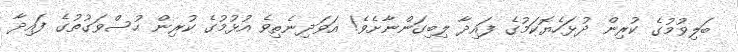
ބަލިވުމުގެ ކުރިން ދުޅަހެޔޮކަމުގެ ފައިދާ ލިބިގަންނާށެވެ! އަވަދިނެތިވެ އުޅުމުގެ ކުރިން ހުސްވަގުތުގެ ފައިދާ